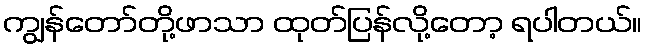
ကျွန်တော်တို့ဖာသာ ထုတ်ပြန်လို့တော့ ရပါတယ်။